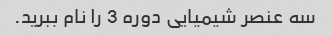
سه عنصر شیمیایی دوره 3 را نام ببرید.